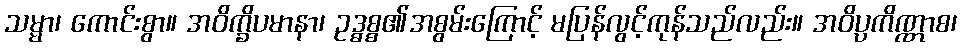
သမ္မာ၊ ကောင်းစွာ။ အဝိက္ခိပမာနာ၊ ဥဒ္ဓစ္စ၏အစွမ်းကြောင့် မပြန်လွင့်ကုန်သည်လည်း။ အဝိပ္ပကိဏ္ဏာစ၊